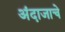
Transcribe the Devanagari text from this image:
अंदाजाचे